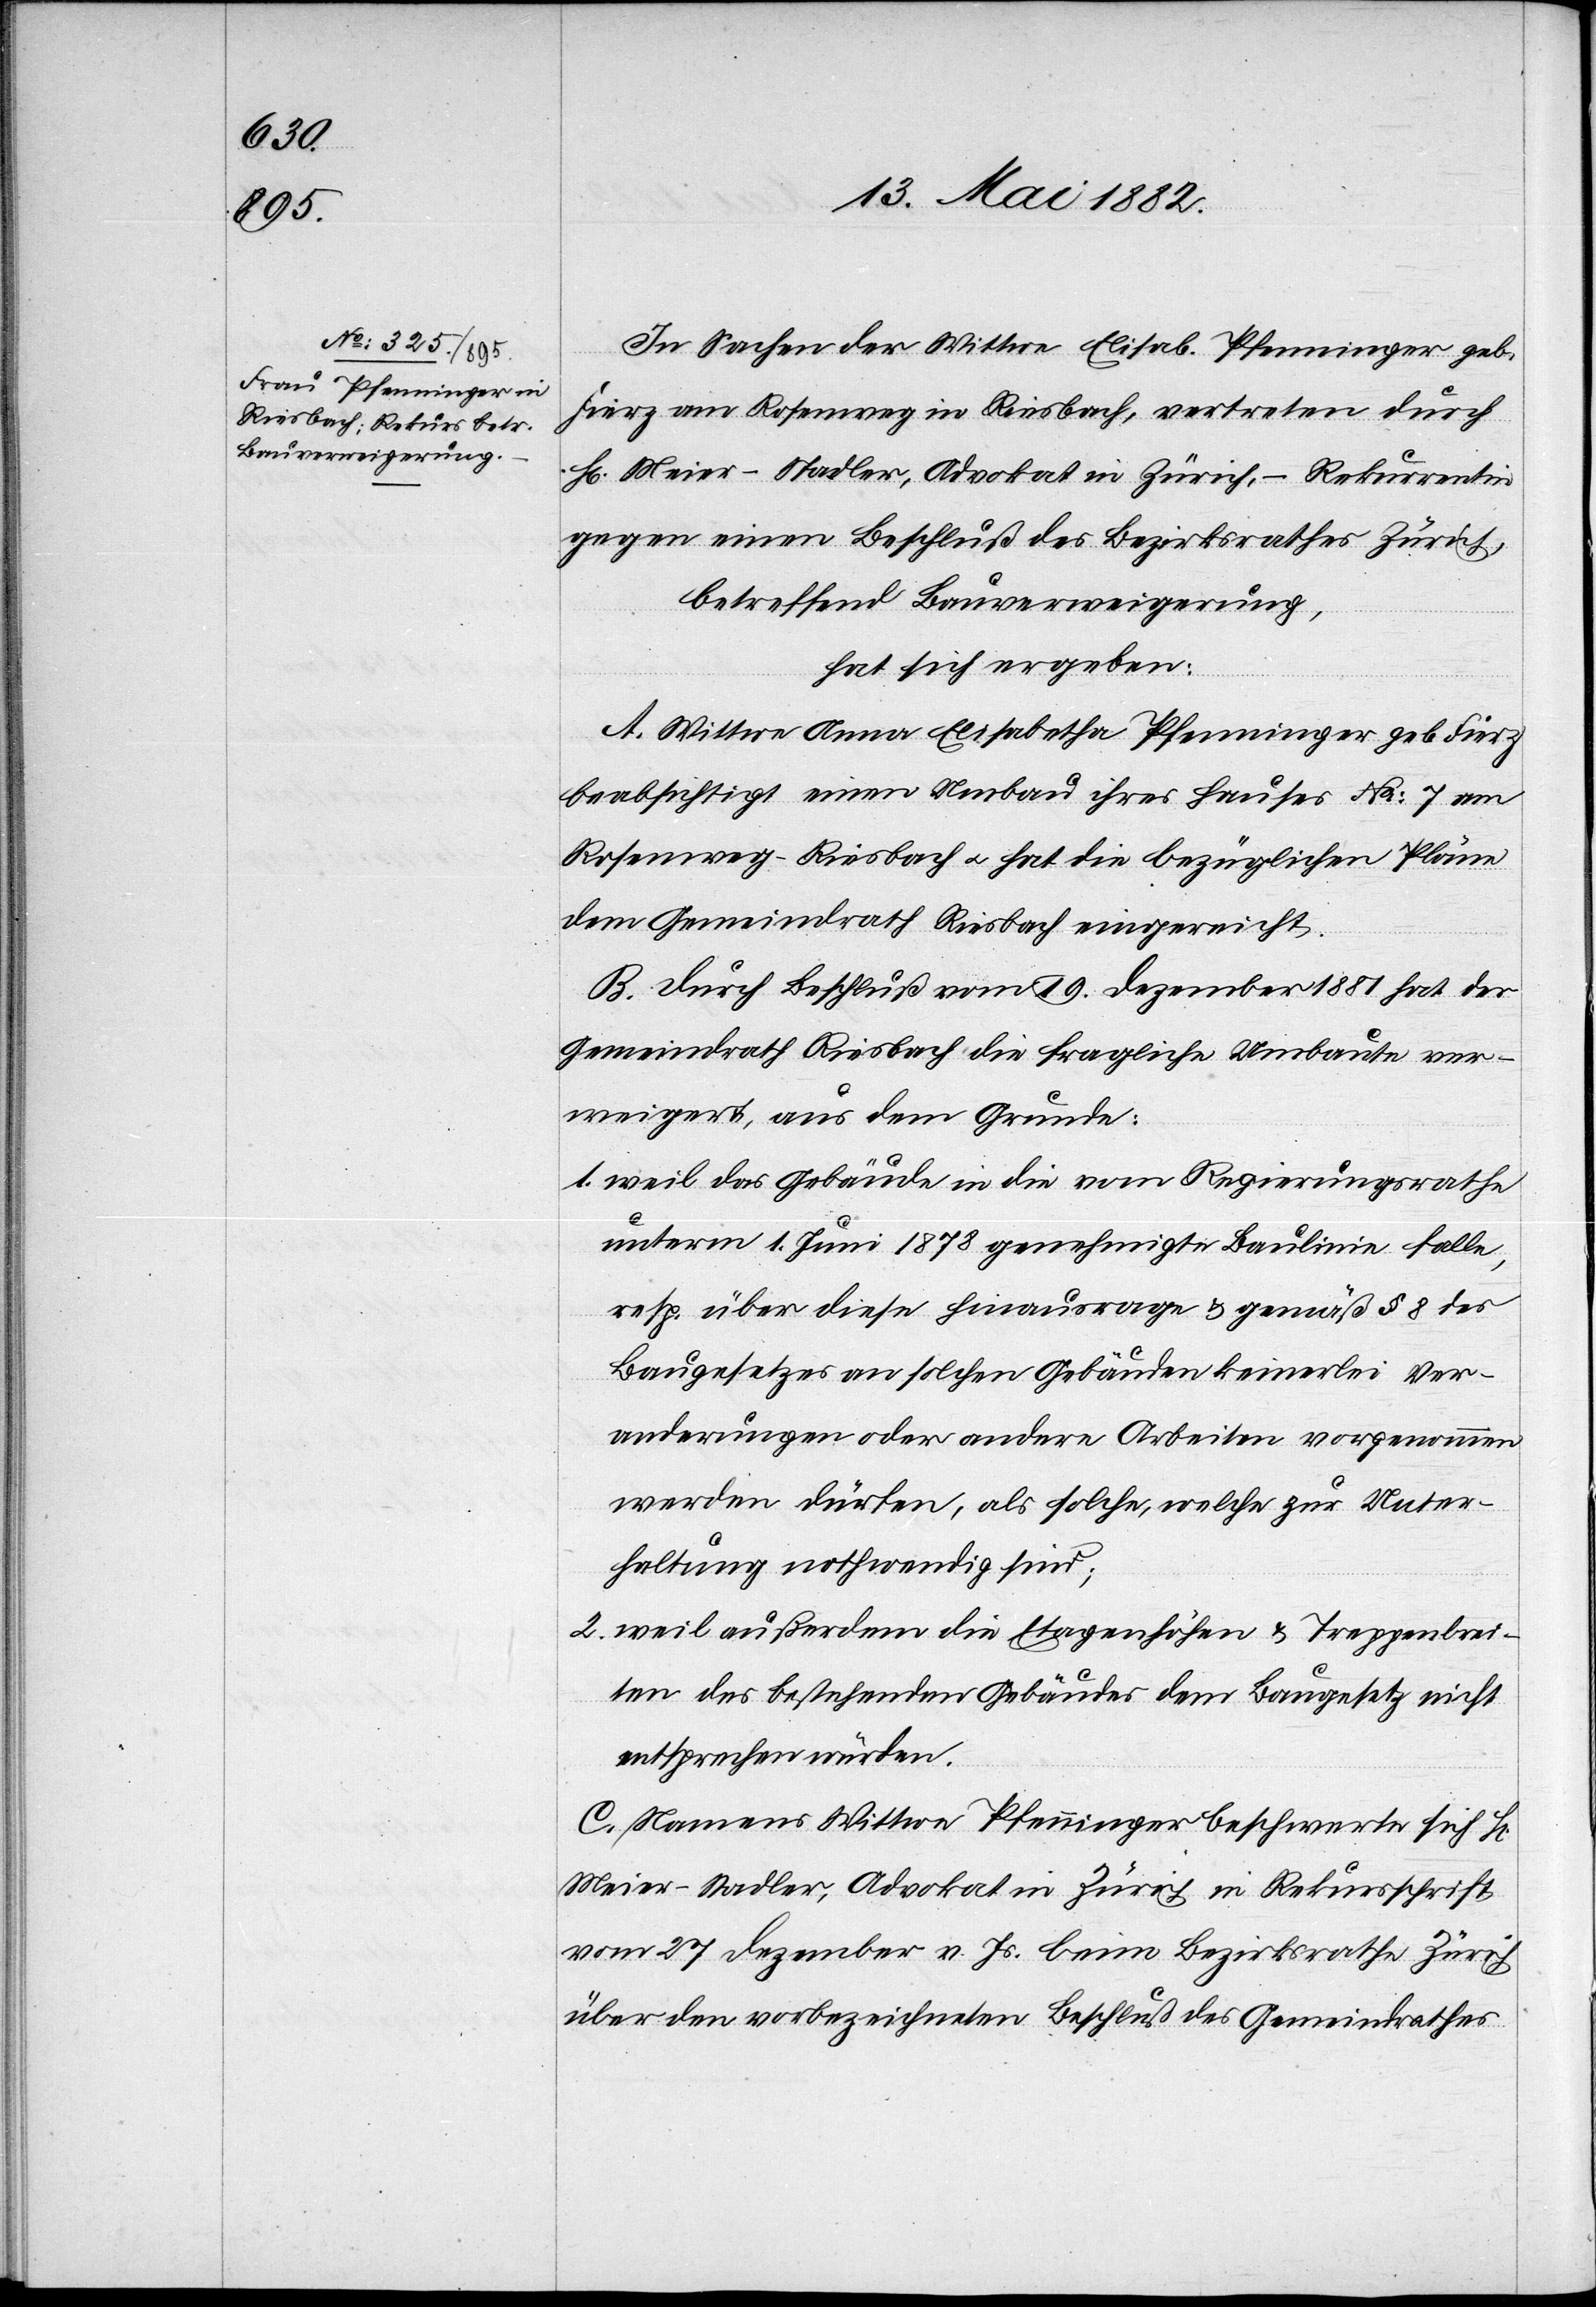
In Sachen der Wittwe Elisab. Pfenninger geb.
Fierz am Rosenweg in Riesbach, vertreten durch
H[rn]. Meier-Stadler, Advokat in Zürich, – Rekurrentin
gegen einen Beschluß des Bezirksrathes Zürich,
betreffend Bauverweigerung,
hat sich ergeben:
A. Wittwe Anna Elisabetha Pfenninger geb. Fierz
beabsichtigt einen Umbau ihres Hauses No 7 am
Rosenweg - Riesbach u. hat die bezüglichen Pläne
dem Gemeindrath Riesbach eingereicht.
B. Durch Beschluß vom 19. Dezember 1881 hat der
Gemeindrath Riesbach die fragliche Umbaute ver¬
weigert, aus dem Grunde:
1. weil das Gebäude in die vom Regierungsrathe
unterm 1. Juni 1878 genehmigte Baulinie falle,
resp. über diese hinausrage & gemäß § 8 des
Baugesetzes an solchen Gebäuden keinerlei Ver¬
änderungen oder andere Arbeiten vorgenommen
werden dürfen, als solche, welche zur Unter¬
haltung nothwendig sind;
2. weil außerdem die Etagenhöhen & Treppenbrei¬
ten des bestehenden Gebäudes dem Baugesetz nicht
entsprechen würden.
C. Namens Wittwe Pfenninger beschwerte sich Hr.
Meier-Stadler, Advokat in Zürich in Rekursschrift
vom 27. Dezember v. Js. beim Bezirksrathe Zürich
über den vorbezeichneten Beschluß des Gemeindrathes